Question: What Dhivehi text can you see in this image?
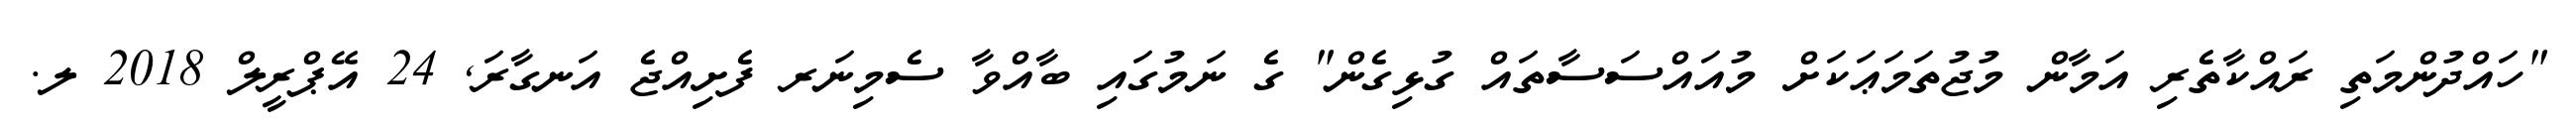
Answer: "ހައްދުންމަތި ރައްކާތެރި އަމާން މުޖުތަމަޢަކަށް މުއައްސަސާތައް ގުޅިގެން" ގެ ނަމުގައި ބާއްވާ ސެމިނަރ ފެށިއްޖެ އަނގާރަ, 24 އޭޕްރީލް 2018 ލ.